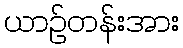
ယာဉ်တန်းအား